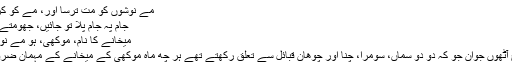
مے نوشوں کو مت ترسا اور، مے کو کردے عام
جام پہ جام پلا تو جائیں، جھومتے گام بگام
میخانے کا نام، موکھی، ہو مے نوشوں میں
اس طرح آٹھوں جوان جو کہ دو دو سماں، سومرا، چنا اور چوھان قبائل سے تعلق رکھتے تھے ہر چھ ماہ موکھی کے میخانے کے مہمان ضرور بنتے۔